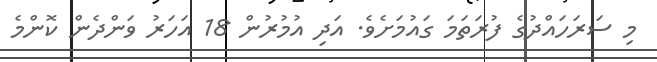
މި ސަރަހައްދުގެ ފުރަތަމަ ގައުމަށެވެ. އަދި އުމުރުން 18 އަހަރު ވަންދެން ކޮންމެ